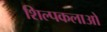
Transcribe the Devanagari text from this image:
शिल्‍पकलाओ